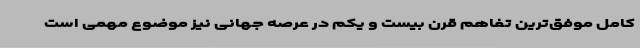
کامل موفق‌ترین تفاهم قرن بیست و یکم در عرصه جهانی نیز موضوع مهمی است